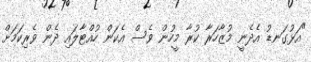
"އަޅުގަނޑު އެދެނީ މުޒާހަރާ ކުރާ މީހުން ވެސް އެކަން ހުއްޓާލައި ދެން ވެރިކަމަށް